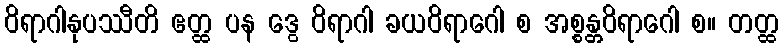
ဝိရာဂါနုပဿီတိ ဧတ္ထ ပန ဒွေ ဝိရာဂါ ခယဝိရာဂေါ စ အစ္စန္တဝိရာဂေါ စ။ တတ္ထ